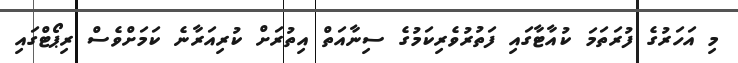
މި އަހަރުގެ ފުރަތަމަ ކުއާޓާގައި ފަތުރުވެރިކަމުގެ ސިނާއަތް އިތުރަށް ކުރިއަރާނެ ކަމަށްވެސް ރިޕޯޓްގައި